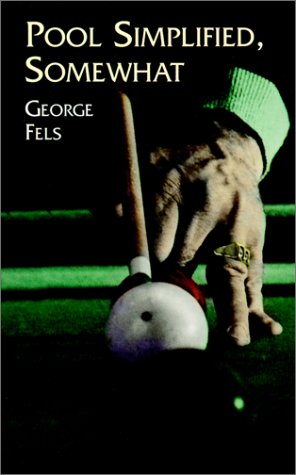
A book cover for Pool Simplified, Somewhat; George Fels; Sports & Outdoors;